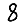
Digit: 8